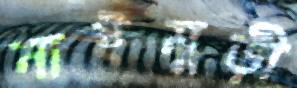
নাইমুড়ী